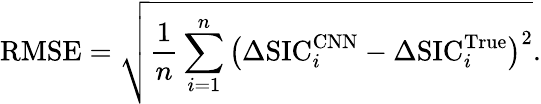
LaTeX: \mathrm{RMSE}=\sqrt{\frac{1}{n}\sum_{i=1}^{n}\big(\Delta\mathrm{SIC}_{i}^{\mathrm{CNN}}-\Delta\mathrm{SIC}_{i}^{\mathrm{True}}\big)^{2}}.